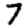
Digit: 7